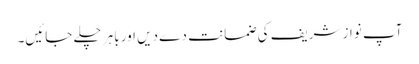
آپ نواز شریف کی ضمانت دے دیں اور باہر چلے جائیں۔